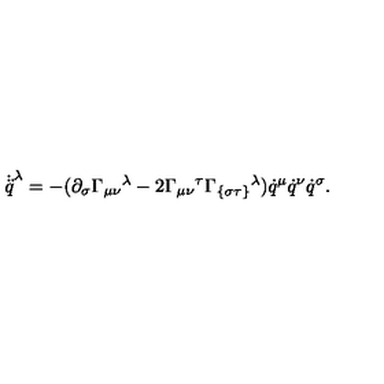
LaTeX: \dot { \ddot { q } } ^ { \lambda } = - ( \partial _ { \sigma } { { { \Gamma } } _ { \mu \nu } } { } ^ { \lambda } - 2 { { { \Gamma } } _ { \mu \nu } } { } ^ { \tau } { { { \Gamma } } _ { \{ \sigma \tau \} } } { } ^ { \lambda } ) \dot { q } ^ { \mu } \dot { q } ^ { \nu } \dot { q } ^ { \sigma } .